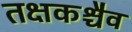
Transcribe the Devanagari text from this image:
तक्षकश्चैव